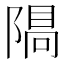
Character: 𨻠